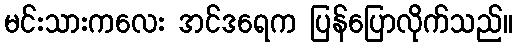
မင်းသားကလေး အင်ဒရေက ပြန်ပြောလိုက်သည်။